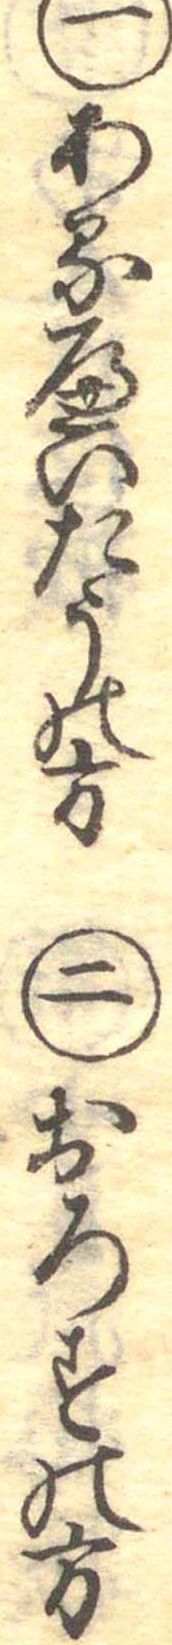
一あるへいたうの方二おろすの方